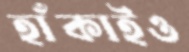
হাঁকাইও